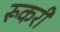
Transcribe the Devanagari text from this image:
रूकरी